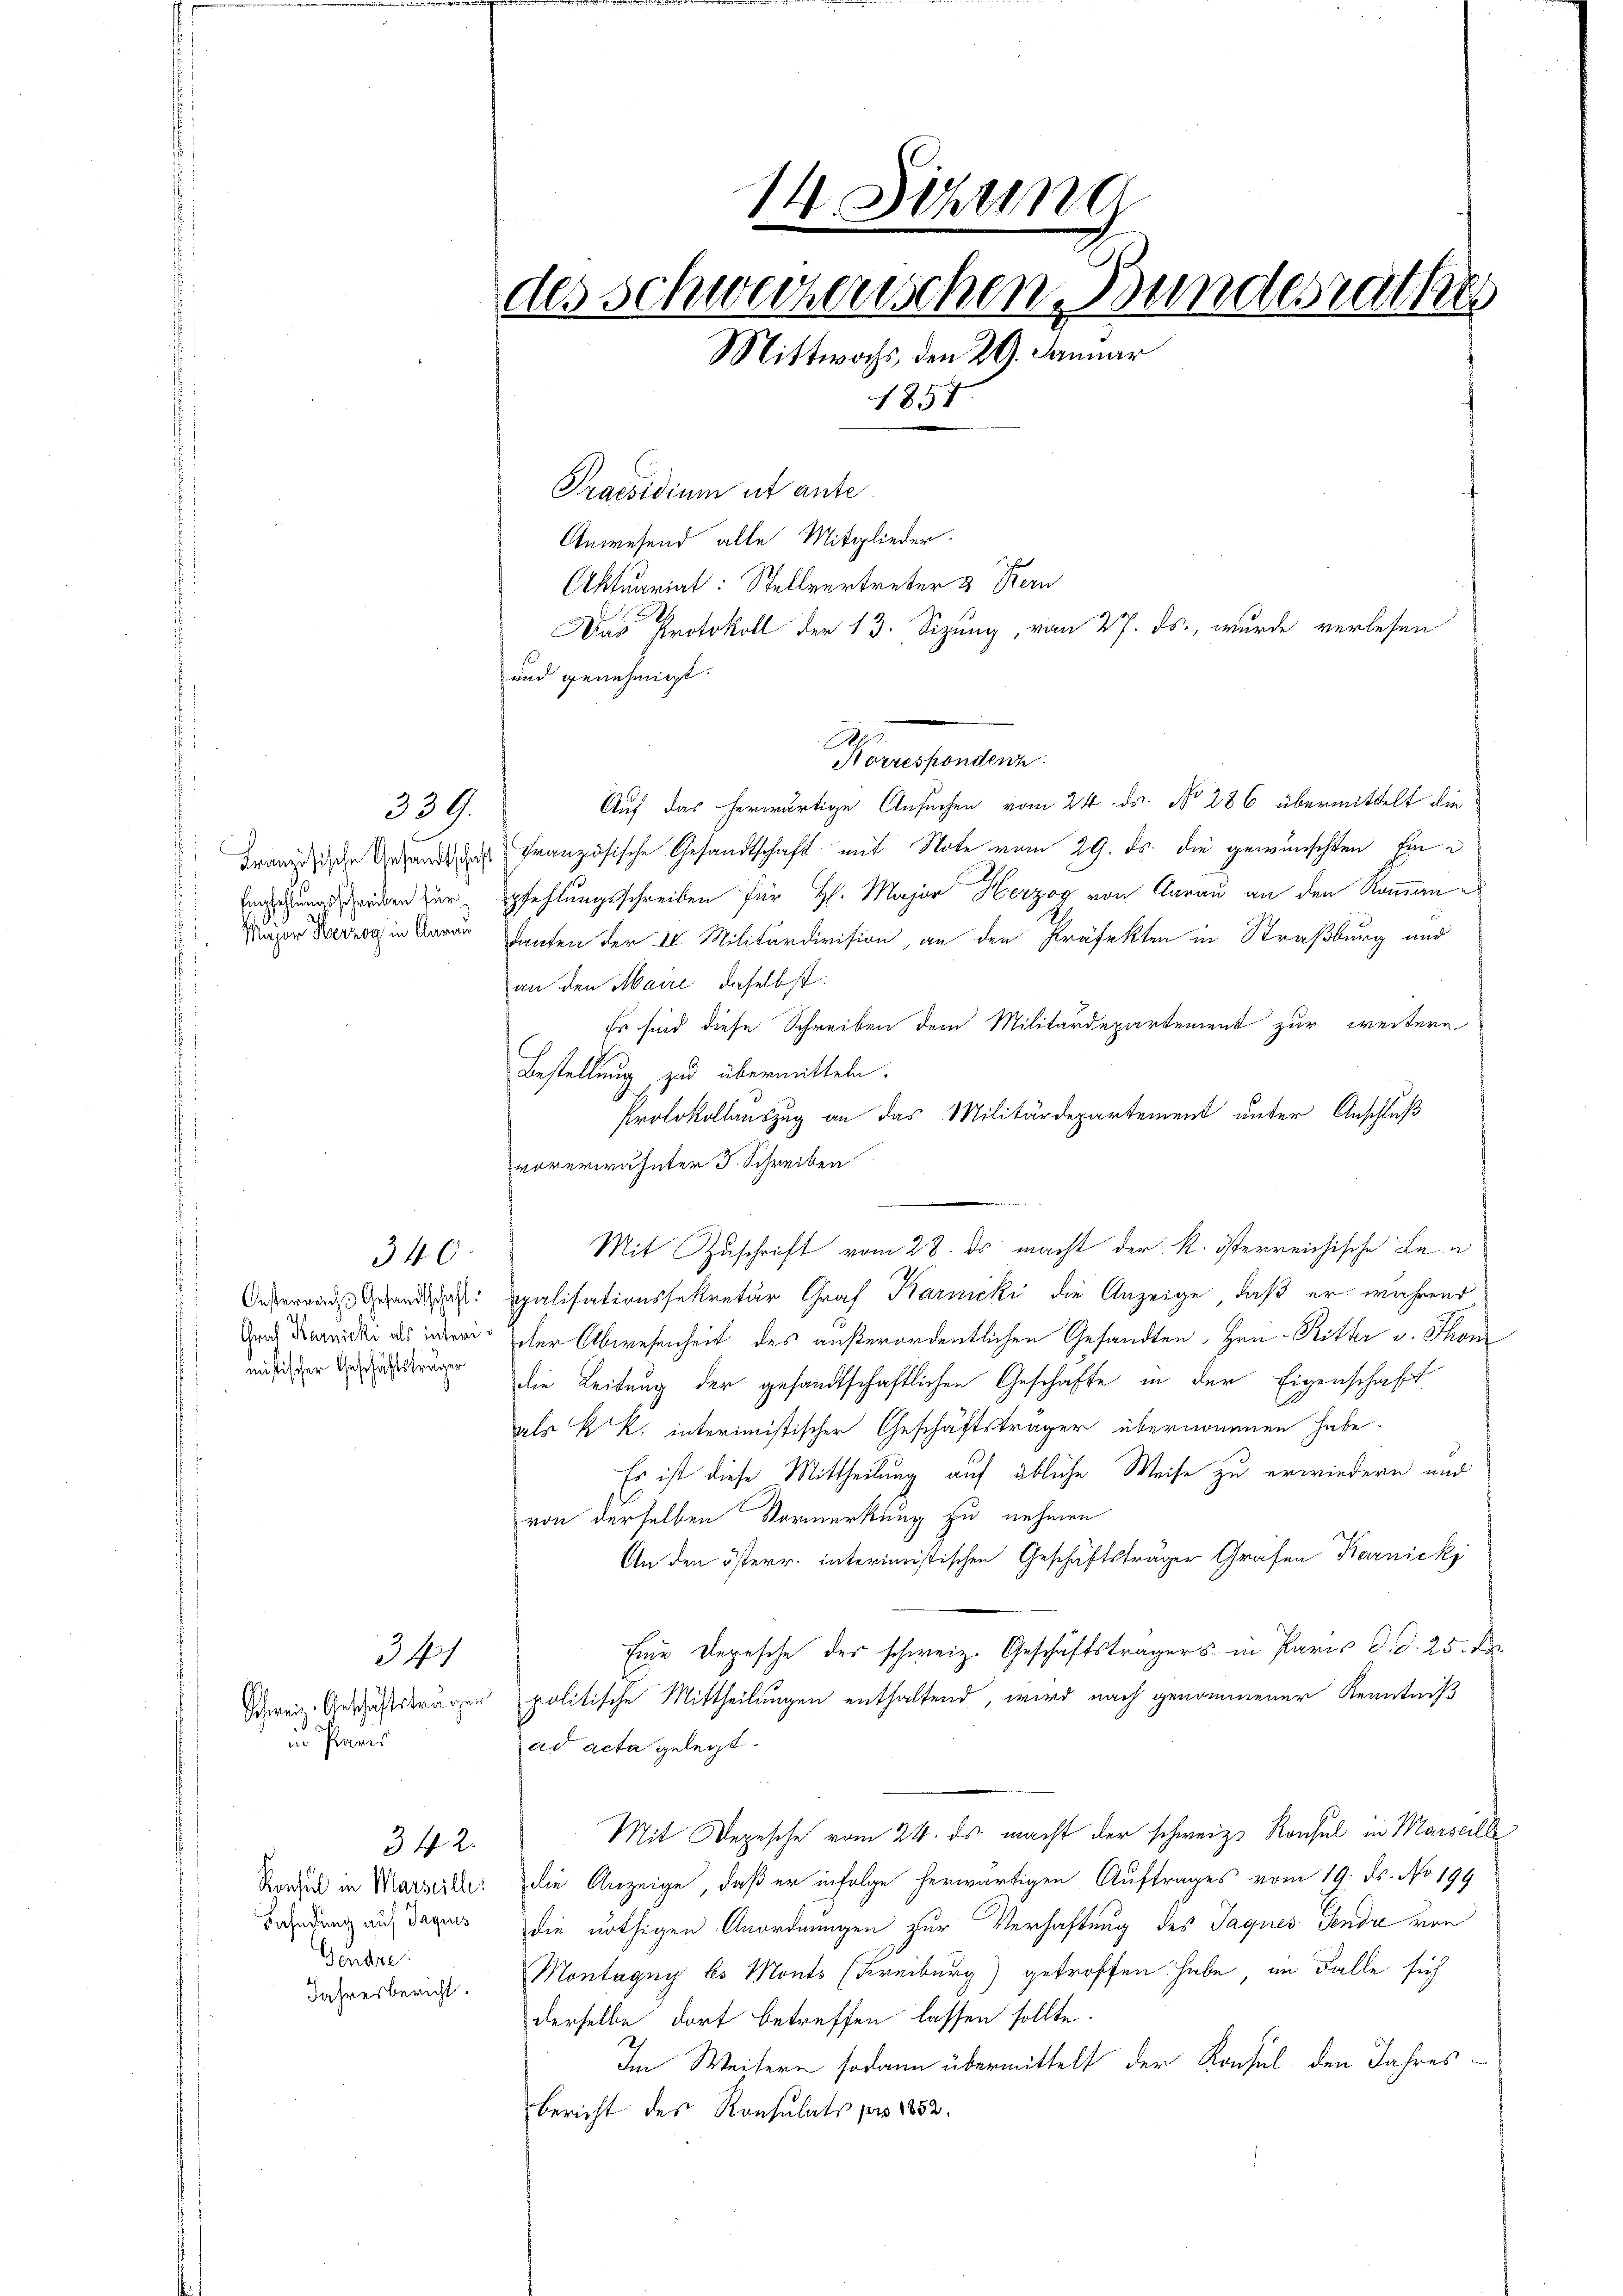
Major Herzog in Aarau

339.

340
mistischer Geschäftsträger

in Paris

341

342.
Gendre
Jahresbericht.

Auf das herwärtige Ansuchen vom 24. ds. No 286 übermittelt die
Franzische Gesandtung französische Gesandtschaft mit Note vom 29. ds. die gewünschten Eine
Egehungs orden zur pfehlungsschreiben für H. Major Herzog von Aarau an den Roman es
Tanten der II. Militärdivision, an den Präfekten in Straßburg und
an den Maire, daselbst
Er sind diese Schreiben dem Militärdepartement zur weitere
Bestellung zu übermitteln.
Protokollauszug an das Militärdepartement unter Anschluß
vorerwähnter J. Schreiben
Mit Zuschrift vom 28. ds. macht der k. österreichische Leu
Oesterren Behandes: Spalisationssekretär Graf Barnicki die Anzeige, daß er während
nach darnicki als inter scher Abwesenheit des außerordentlichen Gesandten, Hrn. Ritter v. Thom
die Leitung der gesandtschaftlichen Geschäfte in der Eigenschaft
aals K. K. interimistischer Geschäftsträger übernommen habe.
Es ist diese Mittheilung auf übliche Weise zu erwiedern und
von derselben Vormerkung zu nehmen
An den österr. interimistischen Geschäftsträger Grafen Karnicki
Eine Depesche des schweiz. Geschäftsträgers in Paris d. d. 25. d.
Schweiz. Geschäftsträger politische Mittheilungen enthaltend, wird nach genommener Kenntniß
ad acta gelegt.
Mit Depesche vom 24. ds. macht der schweiz. Konsul in Marseille
Standen in Marseille: die Anzeige, daß er infolge herwärtigen Auftrages vom 19. ds. No 199
Bendung auf dagen die nöthigen Anordnungen zur Verhaftung des Jaques Genda von
Montagny bs Monts (Freiburg) getroffen habe, im Falle sich
derselbe dort betreffen lassen sollte.
In Weitern sodann übermittelt der Konsul den Jahresbericht des Konsulats pro 1852.

14 Sitzung
2
des Schweizerischen Bundesrathes
Mittwochs, den 29. Januar
1857
Praesidium ut ante
Anwesend alle Mitglieder.
Aktuariat: Stellvertreter & Stern
Das Protokoll der 13. Sizung, vom 27. ds., wurde verlesen
und genehmigt.

e

Horrespondenz